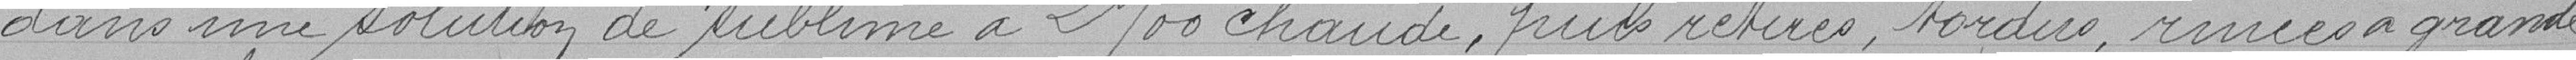
dans une solution de sublime à 20% chaude, puis retirés, tordus, rivées à grande